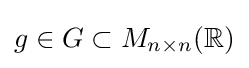
g\in G\subset M_{n\times n}(\mathbb {R} )